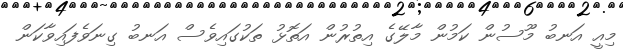
މިއީ އަނބު މޫސުން ކަމުން މާލޭގެ އިތުރުން އަތޮޅު ތަކުގައިވެސް އަނބު ގިނަވެފައިވާކަން